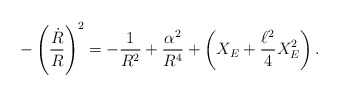
\begin{align*}-\left({\dot R\over R}\right)^2=-{1\over R^2}+{\alpha^2\over R^4}+\left(X_E+{\ell^2\over 4}X^2_E\right).\end{align*}